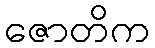
ဇောတိက